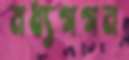
মধ্যগগন